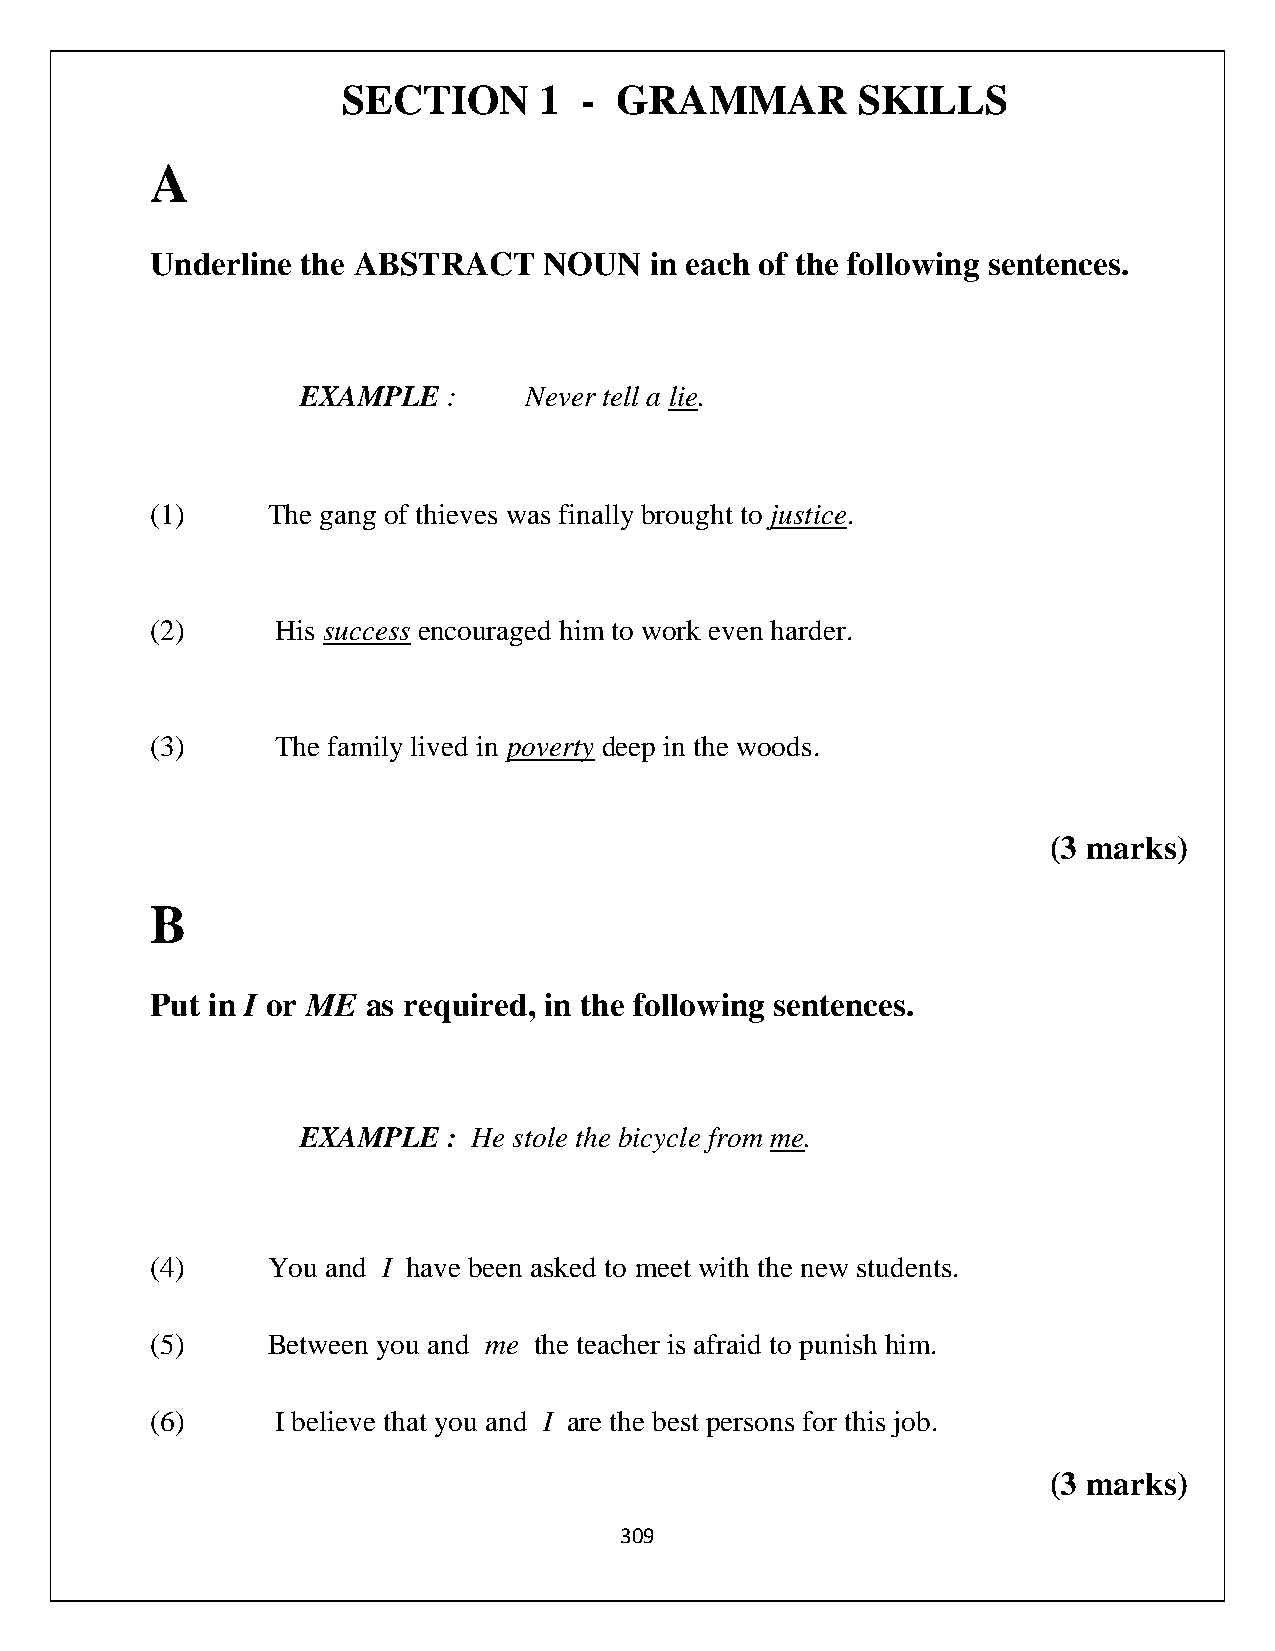
SECTION      1 -  GRAMMAR         SKILLS
 A
 Underline the ABSTRACT    NOUN   in each of the following sentences.
 EXAMPLE   :    Never tell a lie.
 (1)     The gang of thieves was finally brought to justice.
 (2)     His success encouraged him to work even harder.
 (3)     The family lived in poverty deep in the woods.
 (3 marks)
 B
 Put in I or ME as required, in the following sentences.
 EXAMPLE   : He stole the bicycle from me.
 (4)     You and I have been asked to meet with the new students.
 (5)     Between you and me the teacher is afraid to punish him.
 (6)     I believe that you and I are the best persons for this job.
 (3 marks)
 309